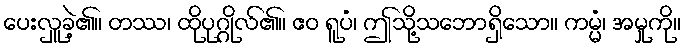
ပေးလှူခဲ့၏။ တဿ၊ ထိုပုဂ္ဂိုလ်၏။ ဧဝ ရူပံ၊ ဤသို့သဘောရှိသော။ ကမ္မံ၊ အမှုကို။